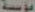
مؤسسة